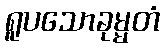
ရူပသောခုမ္မတံ